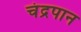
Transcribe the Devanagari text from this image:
चंद्रपान